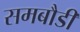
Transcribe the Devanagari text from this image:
समबौडी